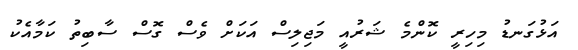
އަޅުގަނޑު މިހިރީ ކޮންމެ ޝަރުއީ މަޖިލިސް އަކަށް ވެސް ގޮސް ސާބިތު ކަމާއެކު